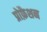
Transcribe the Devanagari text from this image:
प्रोफ़ैशन